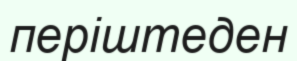
періштеден